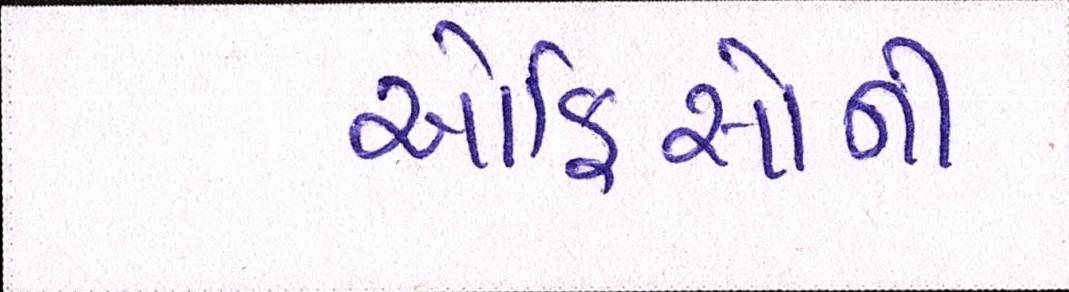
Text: ઓફિસોની